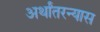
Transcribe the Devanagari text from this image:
अर्थांतरन्यास